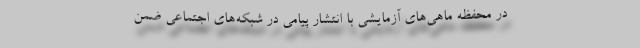
در محفظه ماهی‌های آزمایشی با انتشار پیامی در شبکه‌های اجتماعی ضمن